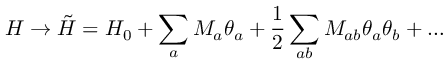
H \rightarrow \tilde { H } = H _ { 0 } + \sum _ { a } M _ { a } \theta _ { a } + \frac { 1 } { 2 } \sum _ { a b } M _ { a b } \theta _ { a } \theta _ { b } + \ldots